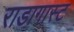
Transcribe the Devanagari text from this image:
राडागास्ट